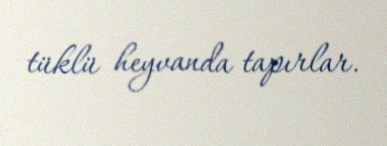
tüklü heyvanda tapırlar.